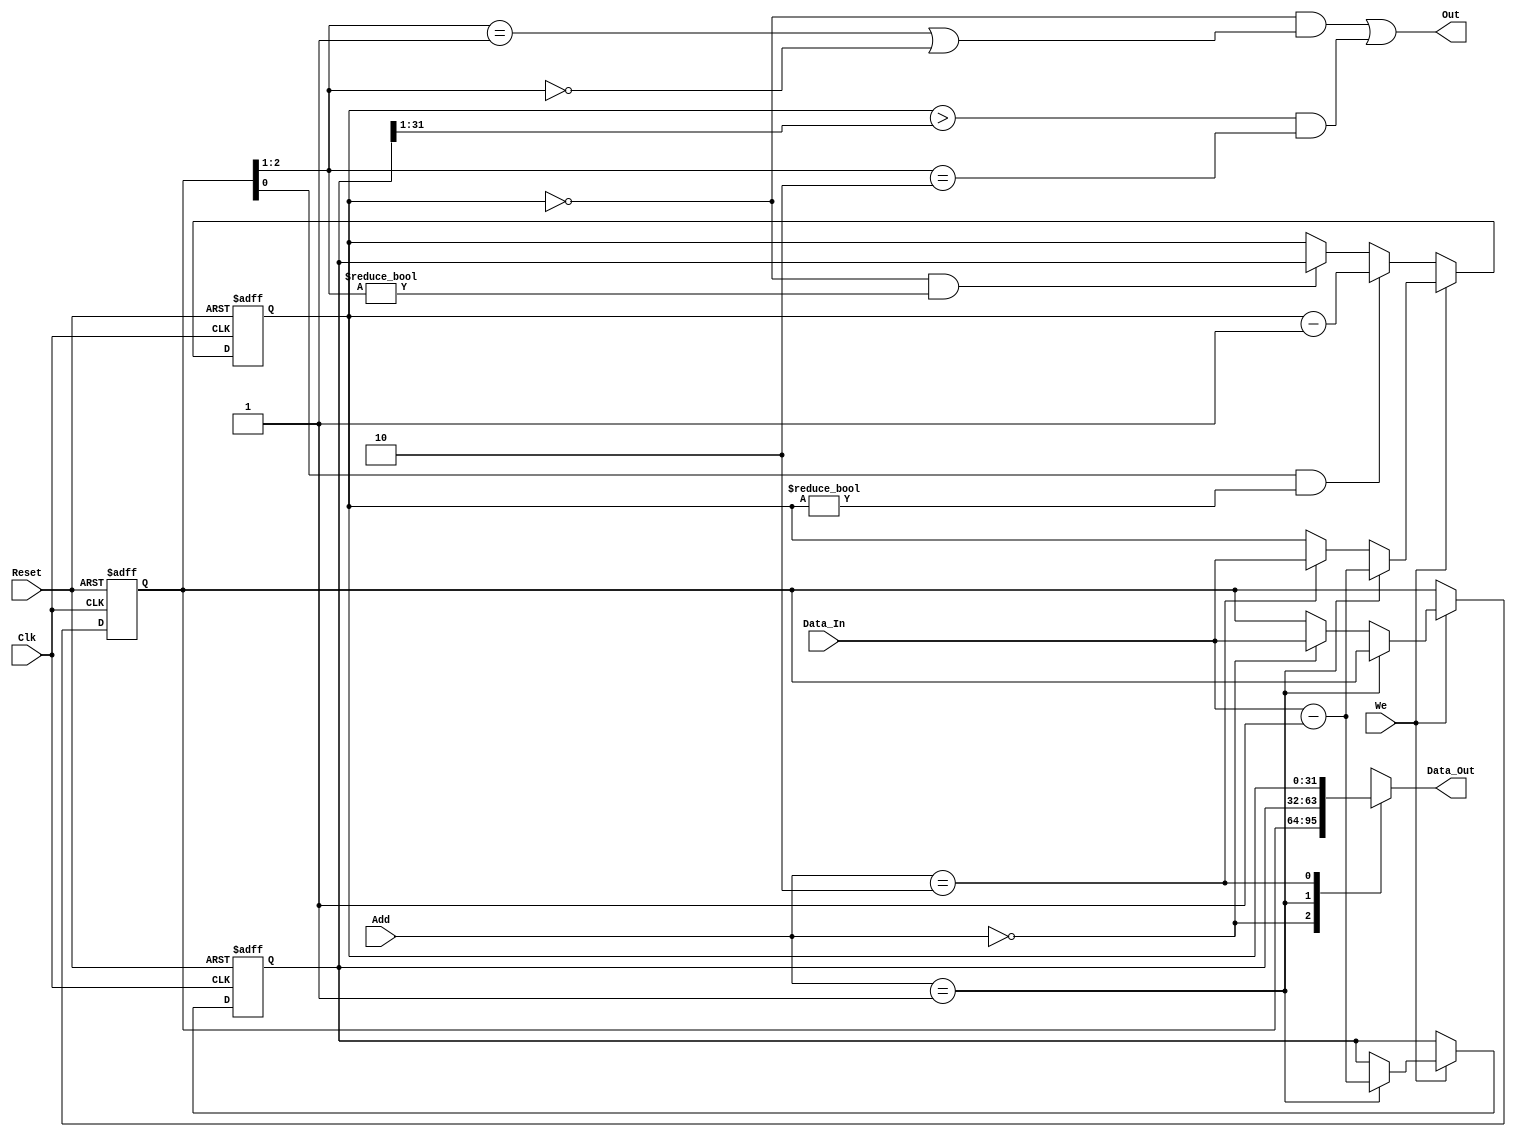
module Coco_TC(
input Clk,Reset,
input[1:0] Add,
input We,
input[31:0] Data_In,
output[31:0] Data_Out,
output Out
);
reg[31:0] TC[2:0];
wire[31:0] kan;
assign kan=TC[2];

assign Out=(TC[2]==32'b0 && (TC[0][2:1]==2'b01 || TC[0][2:1]==2'b00))||
              ((TC[2]>(TC[1]>>1))&&(TC[0][2:1]==2'b10));
              

assign Data_Out=TC[Add];

always @(posedge Clk or posedge Reset)
if (Reset)
 begin
    TC[0]<=32'h0000_0000;
    TC[1]<=32'h0000_0000;
    TC[2]<=32'h0000_0001;
 end
else
if (We)
 begin
     if (Add==4'd1)
        begin
        TC[2]<=Data_In-1;
        TC[1]<=Data_In-1;
        end
     else
     TC[Add]<=Data_In;
 end
 else
  begin
    if (TC[2]==32'b0 && TC[0][2:1]!=2'b00) TC[2]<=TC[1];     
    if (TC[0][0] && TC[2]!=32'b0) TC[2]<=TC[2]-32'b1;
  end
endmodule